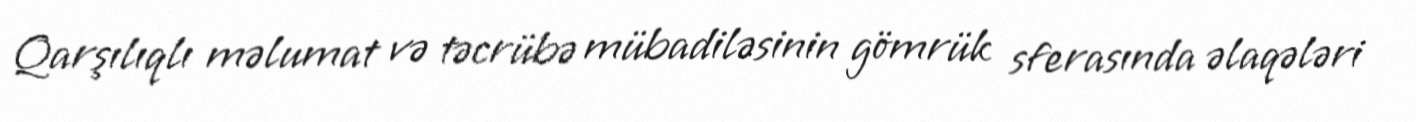
Qarşılıqlı məlumat və təcrübə mübadiləsinin gömrük sferasında əlaqələri